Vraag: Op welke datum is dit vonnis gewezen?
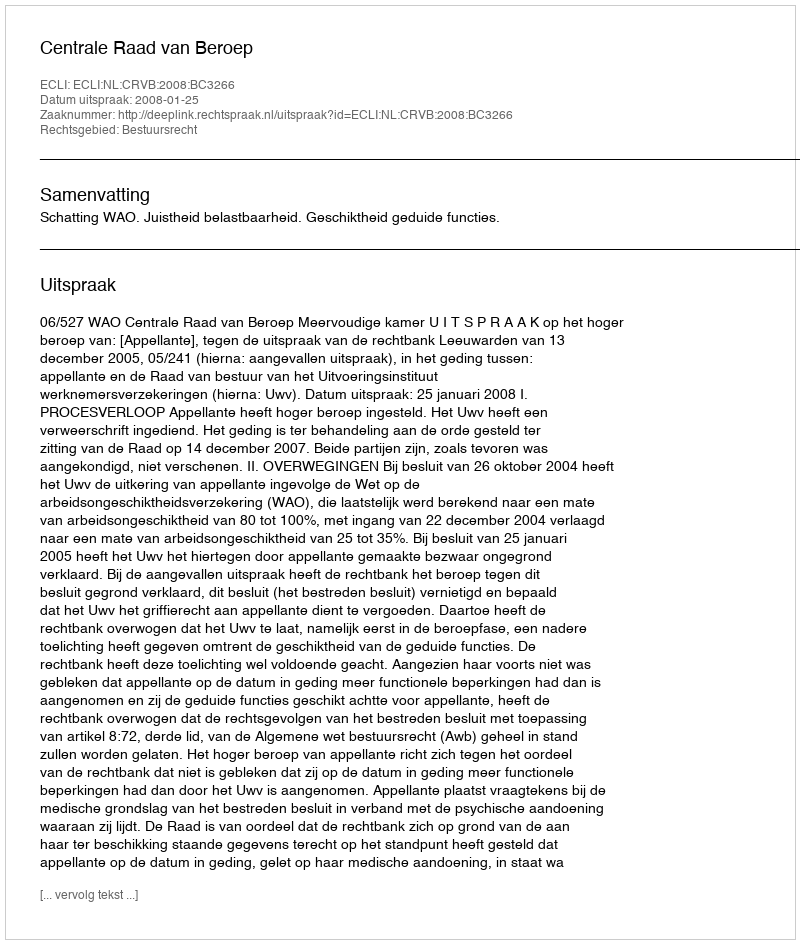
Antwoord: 2008-01-25